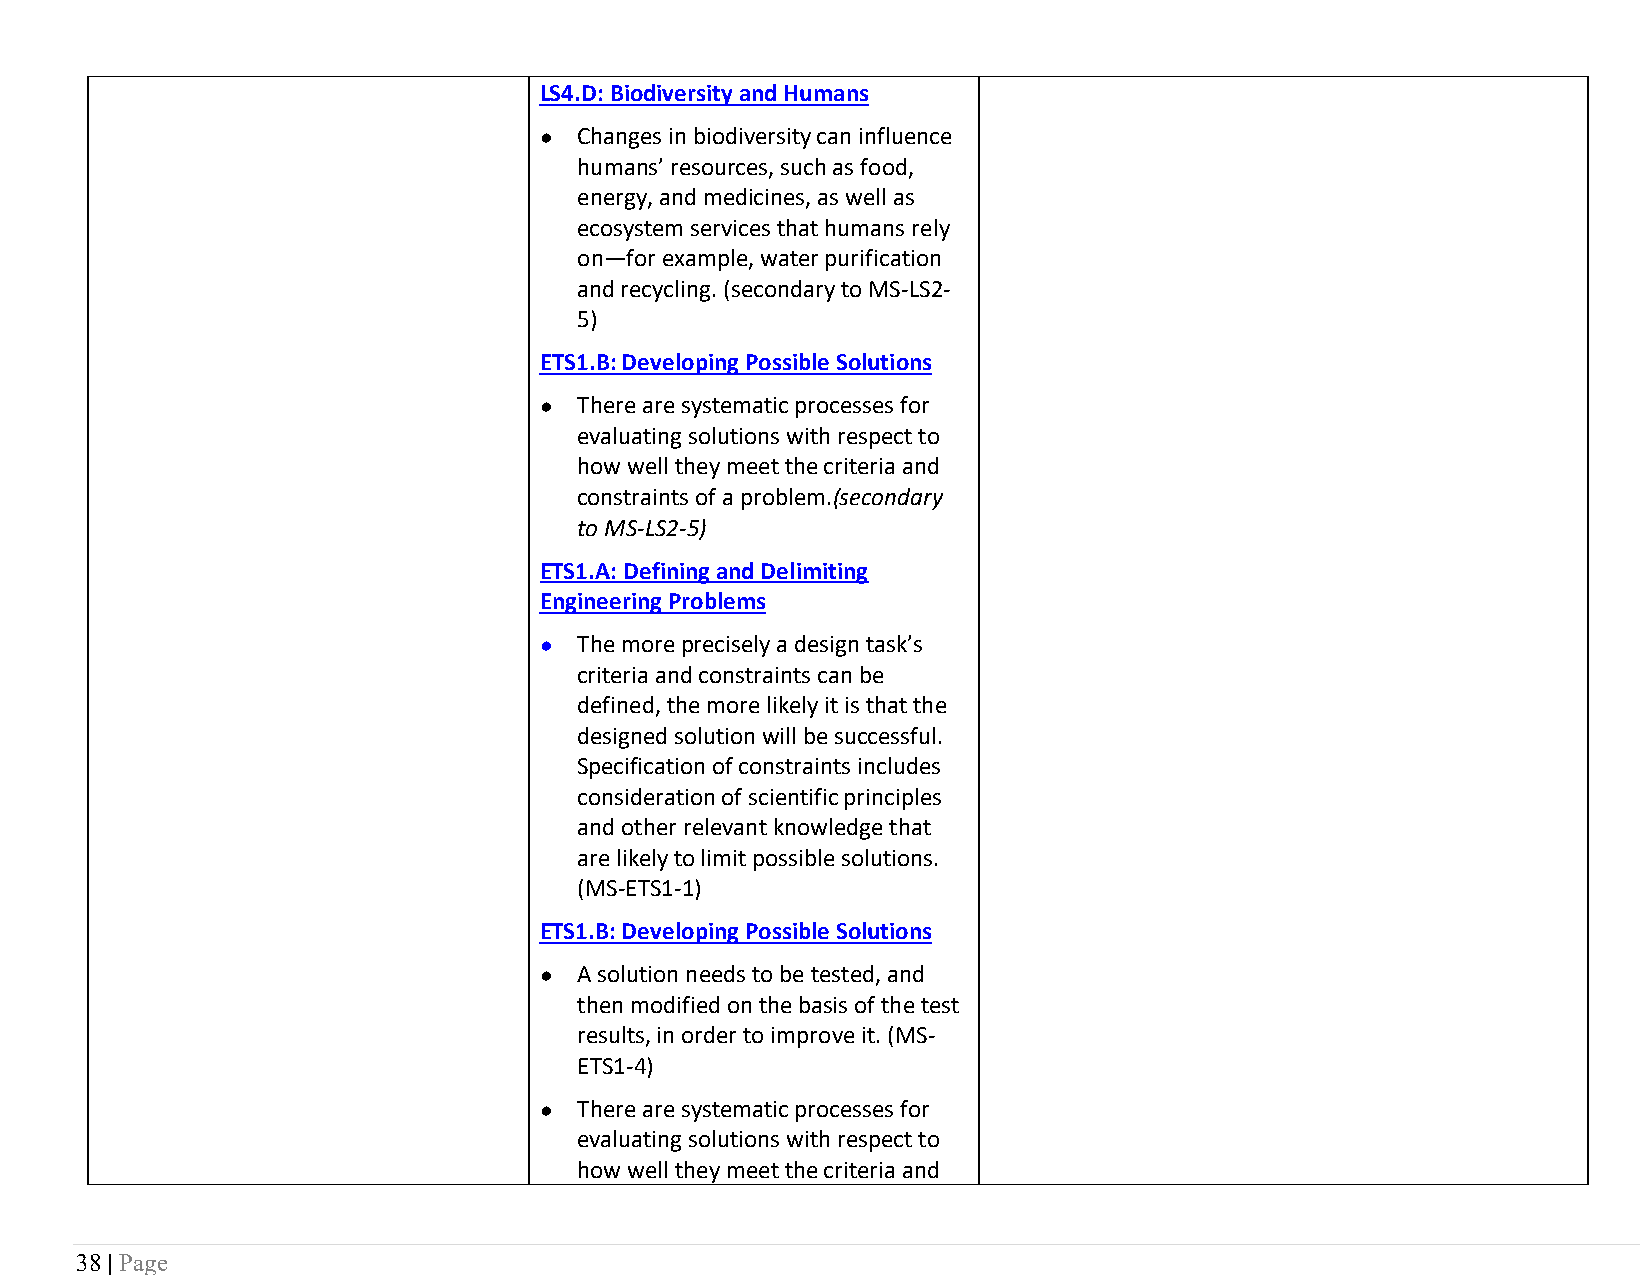
LS4.D: Biodiversity and Humans
 ● Changes in biodiversity can influence
 humans’ resources, such as food,
 energy, and medicines, as well as
 ecosystem services that humans rely
 on—for example, water purification
 and recycling. (secondary to MS-LS2-
 5)
 ETS1.B: Developing Possible Solutions
 ● There are systematic processes for
 evaluating solutions with respect to
 how well they meet the criteria and
 constraints of a problem.(secondary
 to MS-LS2-5)
 ETS1.A: Defining and Delimiting
 Engineering Problems
 ● The more precisely a design task’s
 criteria and constraints can be
 defined, the more likely it is that the
 designed solution will be successful.
 Specification of constraints includes
 consideration of scientific principles
 and other relevant knowledge that
 are likely to limit possible solutions.
 (MS-ETS1-1)
 ETS1.B: Developing Possible Solutions
 ● A solution needs to be tested, and
 then modified on the basis of the test
 results, in order to improve it. (MS-
 ETS1-4)
 ● There are systematic processes for
 evaluating solutions with respect to
 how well they meet the criteria and
 38 | Page